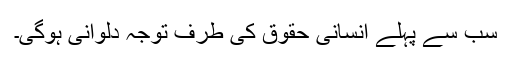
سب سے پہلے انسانی حقوق کی طرف توجہ دلوانی ہوگی۔